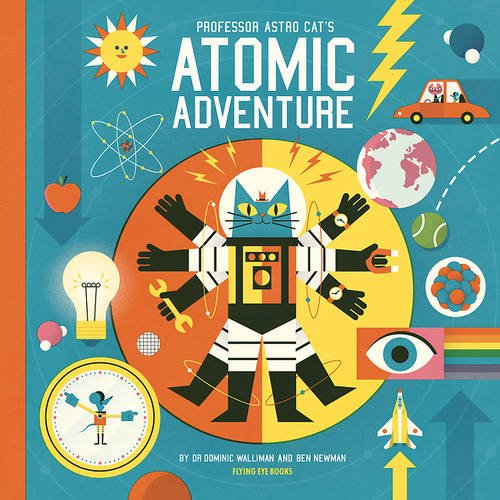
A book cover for Professor Astro Cat's Atomic Adventure; Dominic Walliman; Children's Books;